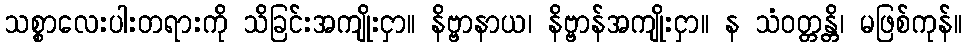
သစ္စာလေးပါးတရားကို သိခြင်းအကျိုးငှာ။ နိဗ္ဗာနာယ၊ နိဗ္ဗာန်အကျိုးငှာ။ န သံဝတ္တန္တိ၊ မဖြစ်ကုန်။